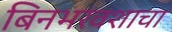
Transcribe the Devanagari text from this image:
बिनभरवशाचा